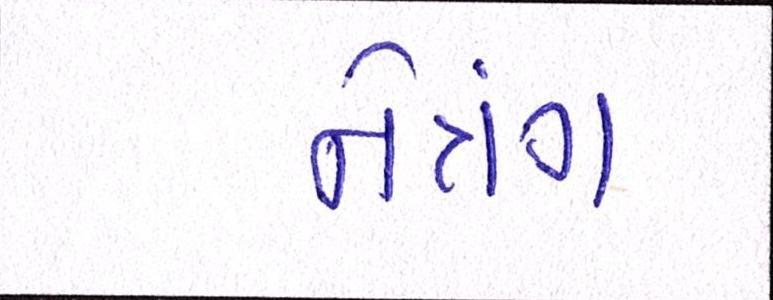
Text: નેત્રંગ